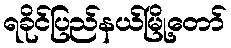
ရခိုင်ပြည်နယ်မြို့တော်